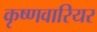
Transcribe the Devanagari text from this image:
कृष्णवारियर